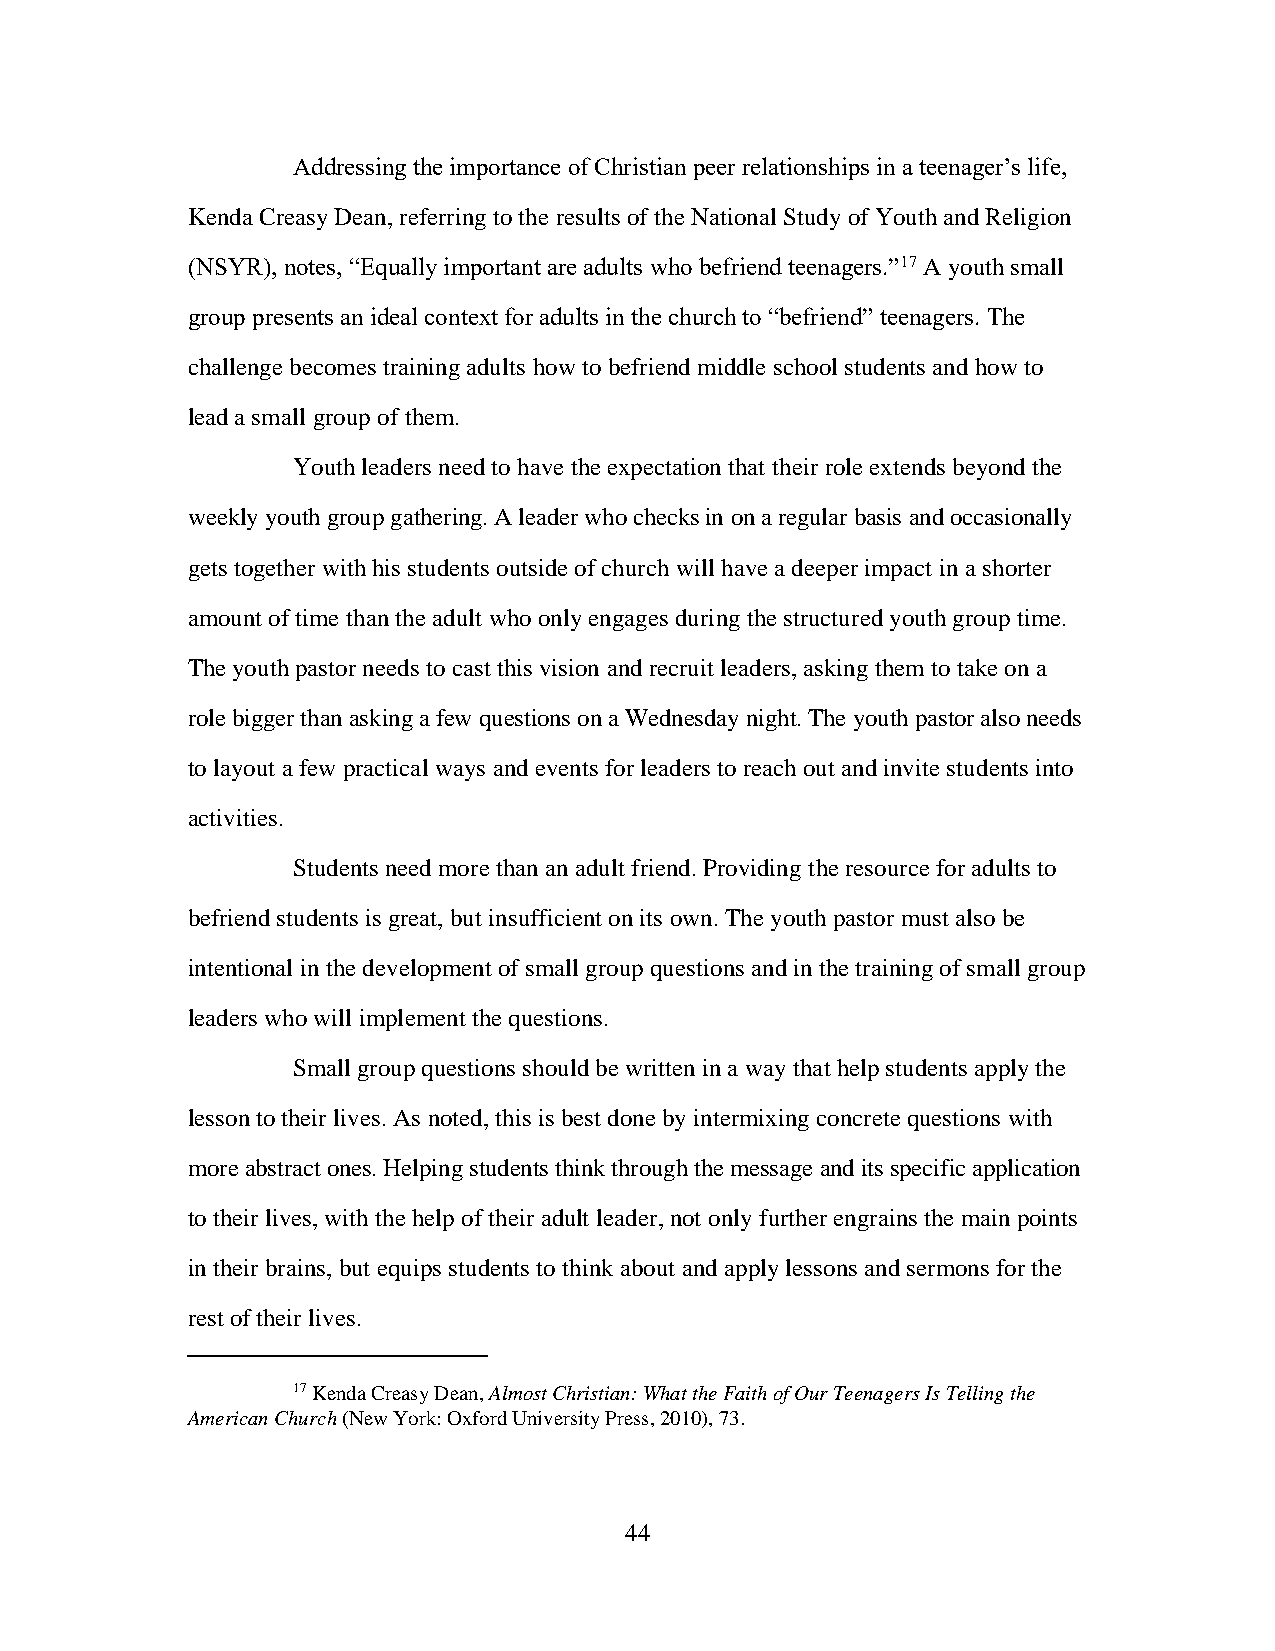
Addressing the importance of Christian peer relationships in a teenager’s life,
 Kenda Creasy Dean, referring to the results of the National Study of Youth and Religion
 (NSYR), notes, “Equally important are adults who befriend teenagers.”17 A youth small
 group presents an ideal context for adults in the church to “befriend” teenagers. The
 challenge becomes training adults how to befriend middle school students and how to
 lead a small group of them.
 Youth leaders need to have the expectation that their role extends beyond the
 weekly youth group gathering. A leader who checks in on a regular basis and occasionally
 gets together with his students outside of church will have a deeper impact in a shorter
 amount of time than the adult who only engages during the structured youth group time.
 The youth pastor needs to cast this vision and recruit leaders, asking them to take on a
 role bigger than asking a few questions on a Wednesday night. The youth pastor also needs
 to layout a few practical ways and events for leaders to reach out and invite students into
 activities.
 Students need more than an adult friend. Providing the resource for adults to
 befriend students is great, but insufficient on its own. The youth pastor must also be
 intentional in the development of small group questions and in the training of small group
 leaders who will implement the questions.
 Small group questions should be written in a way that help students apply the
 lesson to their lives. As noted, this is best done by intermixing concrete questions with
 more abstract ones. Helping students think through the message and its specific application
 to their lives, with the help of their adult leader, not only further engrains the main points
 in their brains, but equips students to think about and apply lessons and sermons for the
 rest of their lives.
 17 Kenda Creasy Dean, Almost Christian: What the Faith of Our Teenagers Is Telling the
 American Church (New York: Oxford University Press, 2010), 73.
 44